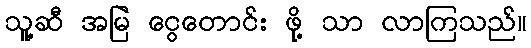
သူ့ဆီ အမြဲ ငွေတောင်း ဖို့ သာ လာကြသည်။